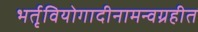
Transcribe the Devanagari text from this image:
भर्तृवियोगादीनामन्वग्रहीत